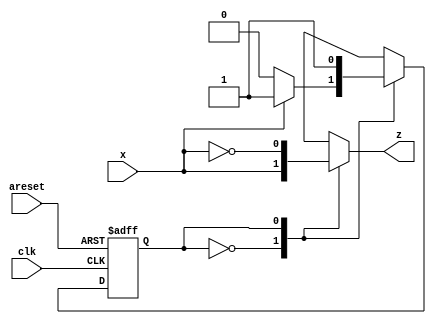
module top_module (
    input clk,
    input areset,
    input x,
    output z
); 
    parameter A = 0 , B= 1;
    reg state, next;
    
    always @(*)begin
        case(state)
        	A:next = x ? B : A;
          	B:next = B;
        endcase
    end
    
    always @(posedge clk , posedge areset)begin
        if(areset)
            state <= A;
    	else
        	state <= next;
    end
    
    always @(*)begin
        case(state)
            A:z = x;
            B:z = ~x;
        endcase
    end

endmodule